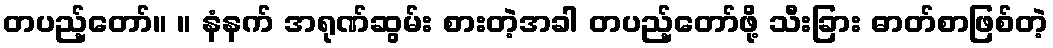
တပည့်တော်။ ။ နံနက် အရုဏ်ဆွမ်း စားတဲ့အခါ တပည့်တော်ဖို့ သီးခြား ဓာတ်စာဖြစ်တဲ့